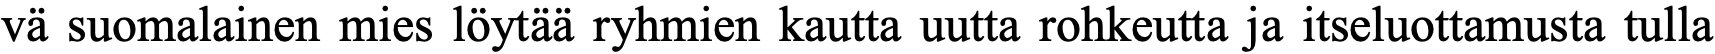
vä suomalainen mies löytää ryhmien kautta uutta rohkeutta ja itseluottamusta tulla